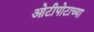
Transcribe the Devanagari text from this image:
ओटीपोटाच्या